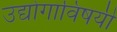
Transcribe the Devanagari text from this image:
उद्योगाविषयी